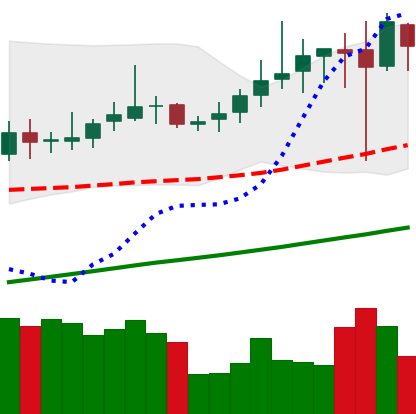
Ticker: DOGE-USD
Chart end date: 2019-06-29
Forward return: -5.169%
Label: down_5_7